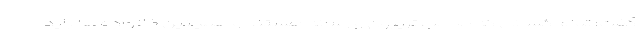
گفت: تمام کسانی که صاحب تریبون و رسانه هستند و همچنین خانواده ها باید